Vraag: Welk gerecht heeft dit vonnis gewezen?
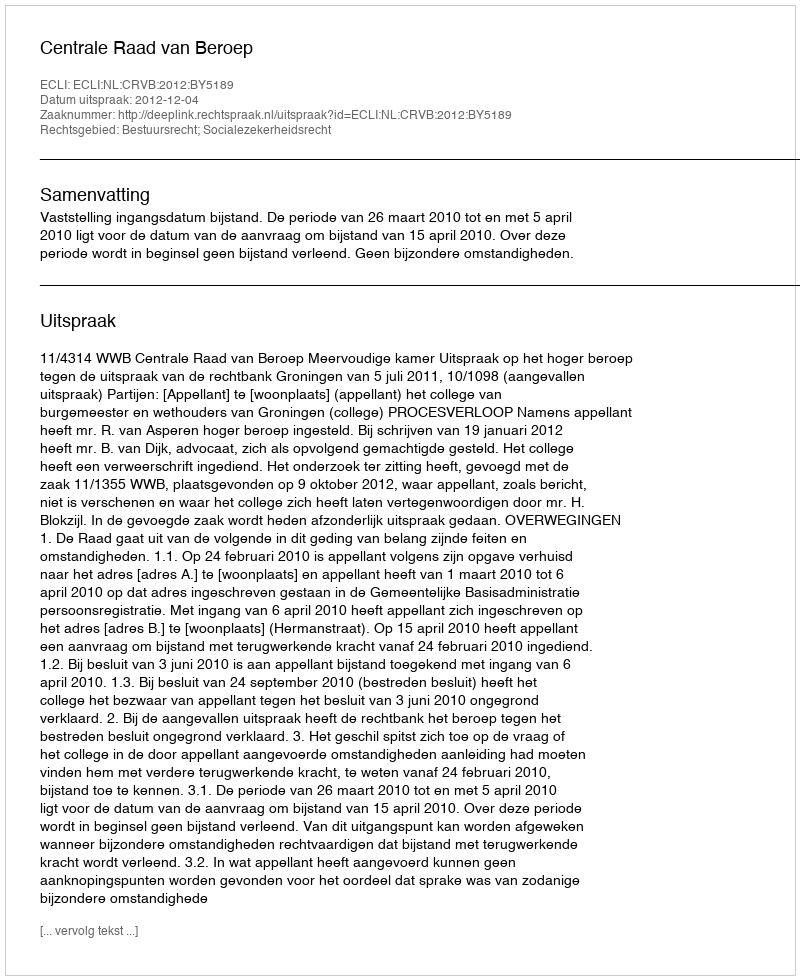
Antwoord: Centrale Raad van Beroep